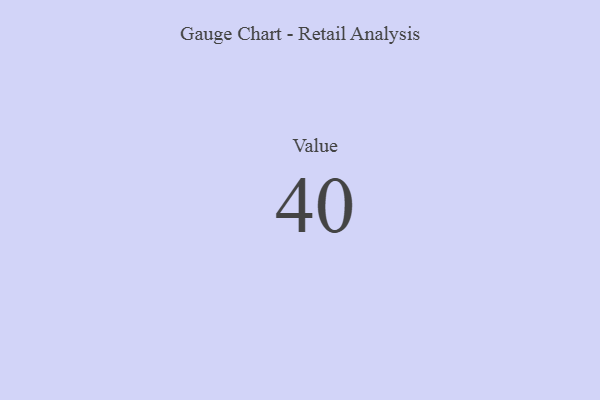
{"axis": {"x": "Metric", "y": "Value"}, "legend": [""], "data": [{"x": "Value", "y": 40, "type": ""}]}